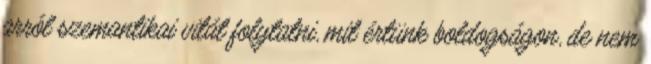
arról szemantikai vitát folytatni, mit értünk boldogságon, de nem